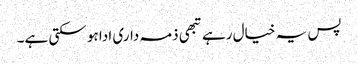
پس یہ خیال رہے تبھی ذمہ داری ادا ہو سکتی ہے۔